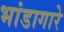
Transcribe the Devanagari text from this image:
भांडागारे